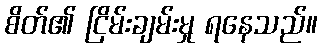
စိတ်၏ ငြိမ်းချမ်းမှု ရနေသည်။